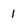
Character: 1